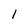
Character: l